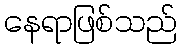
နေရာဖြစ်သည်